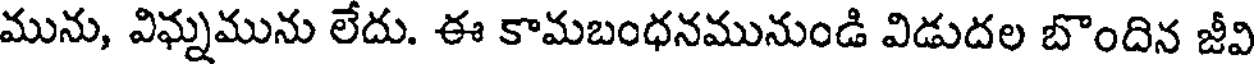
మును, విఘ్నమును లేదు. ఈ కామబంధనమునుండి విడుదల బొందిన జీవి